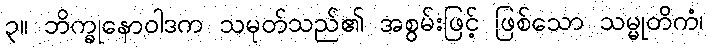
၃။ ဘိက္ခုနောဝါဒက သမုတ်သည်၏ အစွမ်းဖြင့် ဖြစ်သော သမ္မုတိကံ၊